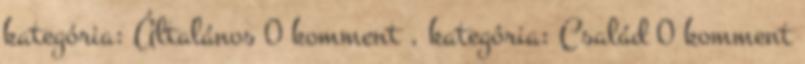
kategória: Általános 0 komment , kategória: Család 0 komment